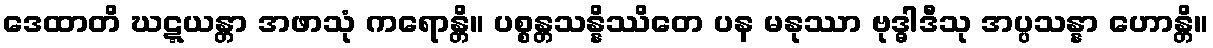
ဒေထာတိ ဃဋ္ဋယန္တာ အဖာသုံ ကရောန္တိ။ ပစ္စန္တသန္နိဿိတေ ပန မနုဿာ ဗုဒ္ဓါဒီသု အပ္ပသန္နာ ဟောန္တိ။